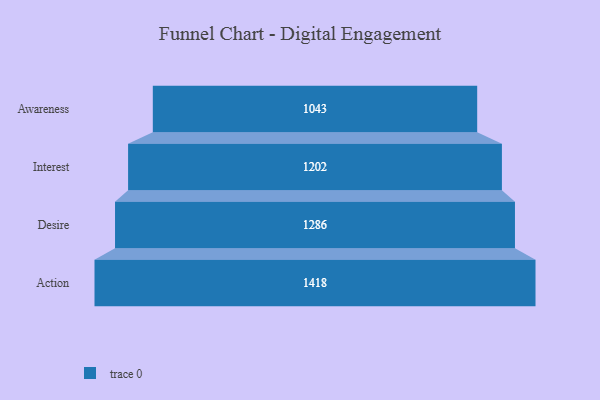
{"axis": {"x": "Stage", "y": "Value"}, "legend": [""], "data": [{"x": "Awareness", "y": 1043.0, "type": ""}, {"x": "Interest", "y": 1202.0, "type": ""}, {"x": "Desire", "y": 1286.0, "type": ""}, {"x": "Action", "y": 1418.0, "type": ""}]}